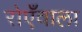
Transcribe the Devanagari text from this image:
रोएँवाला